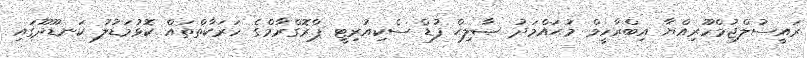
ރައީސުލްޖުމްހޫރިއްޔާ އިބްރާހީމް މުޙައްމަދު ޞާލިޙް ފުޑް ސެކިއުރިޓީ ޕްރޮގްރާމްގެ ހަރަކާތްތައް ކޮޅުމަޑުލު ކަނޑޫދޫގައި